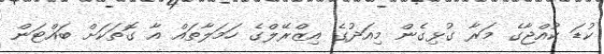
ކުޑަ ކުއްޖާގެ މަރާ ގުޅިގެން މިއަދުގެ އިޒްރޭލްގެ ހަމަލާތައް އާ ގޮތަކަށް ބައްޓަން